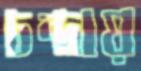
চন্দ্রায়